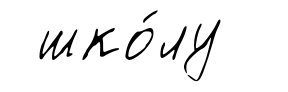
шко́лу